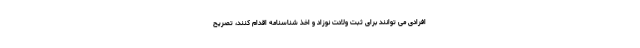
افرادی می توانند برای ثبت ولادت نوزاد و اخذ شناسنامه اقدام کنند، تصریح